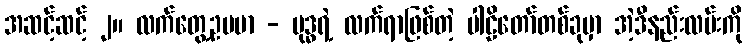
အဆင့်ဆင့် ၂။ လက်တွေ့ဥပမာ - ဗုဒ္ဓရဲ့ လက်ရာဖြစ်တဲ့ ပါဠိတော်တစ်ခုမှာ အဲ့ဒီနည်းလမ်းကို